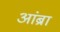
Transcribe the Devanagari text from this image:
आंब्रा